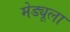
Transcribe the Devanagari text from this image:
मेड्यूला